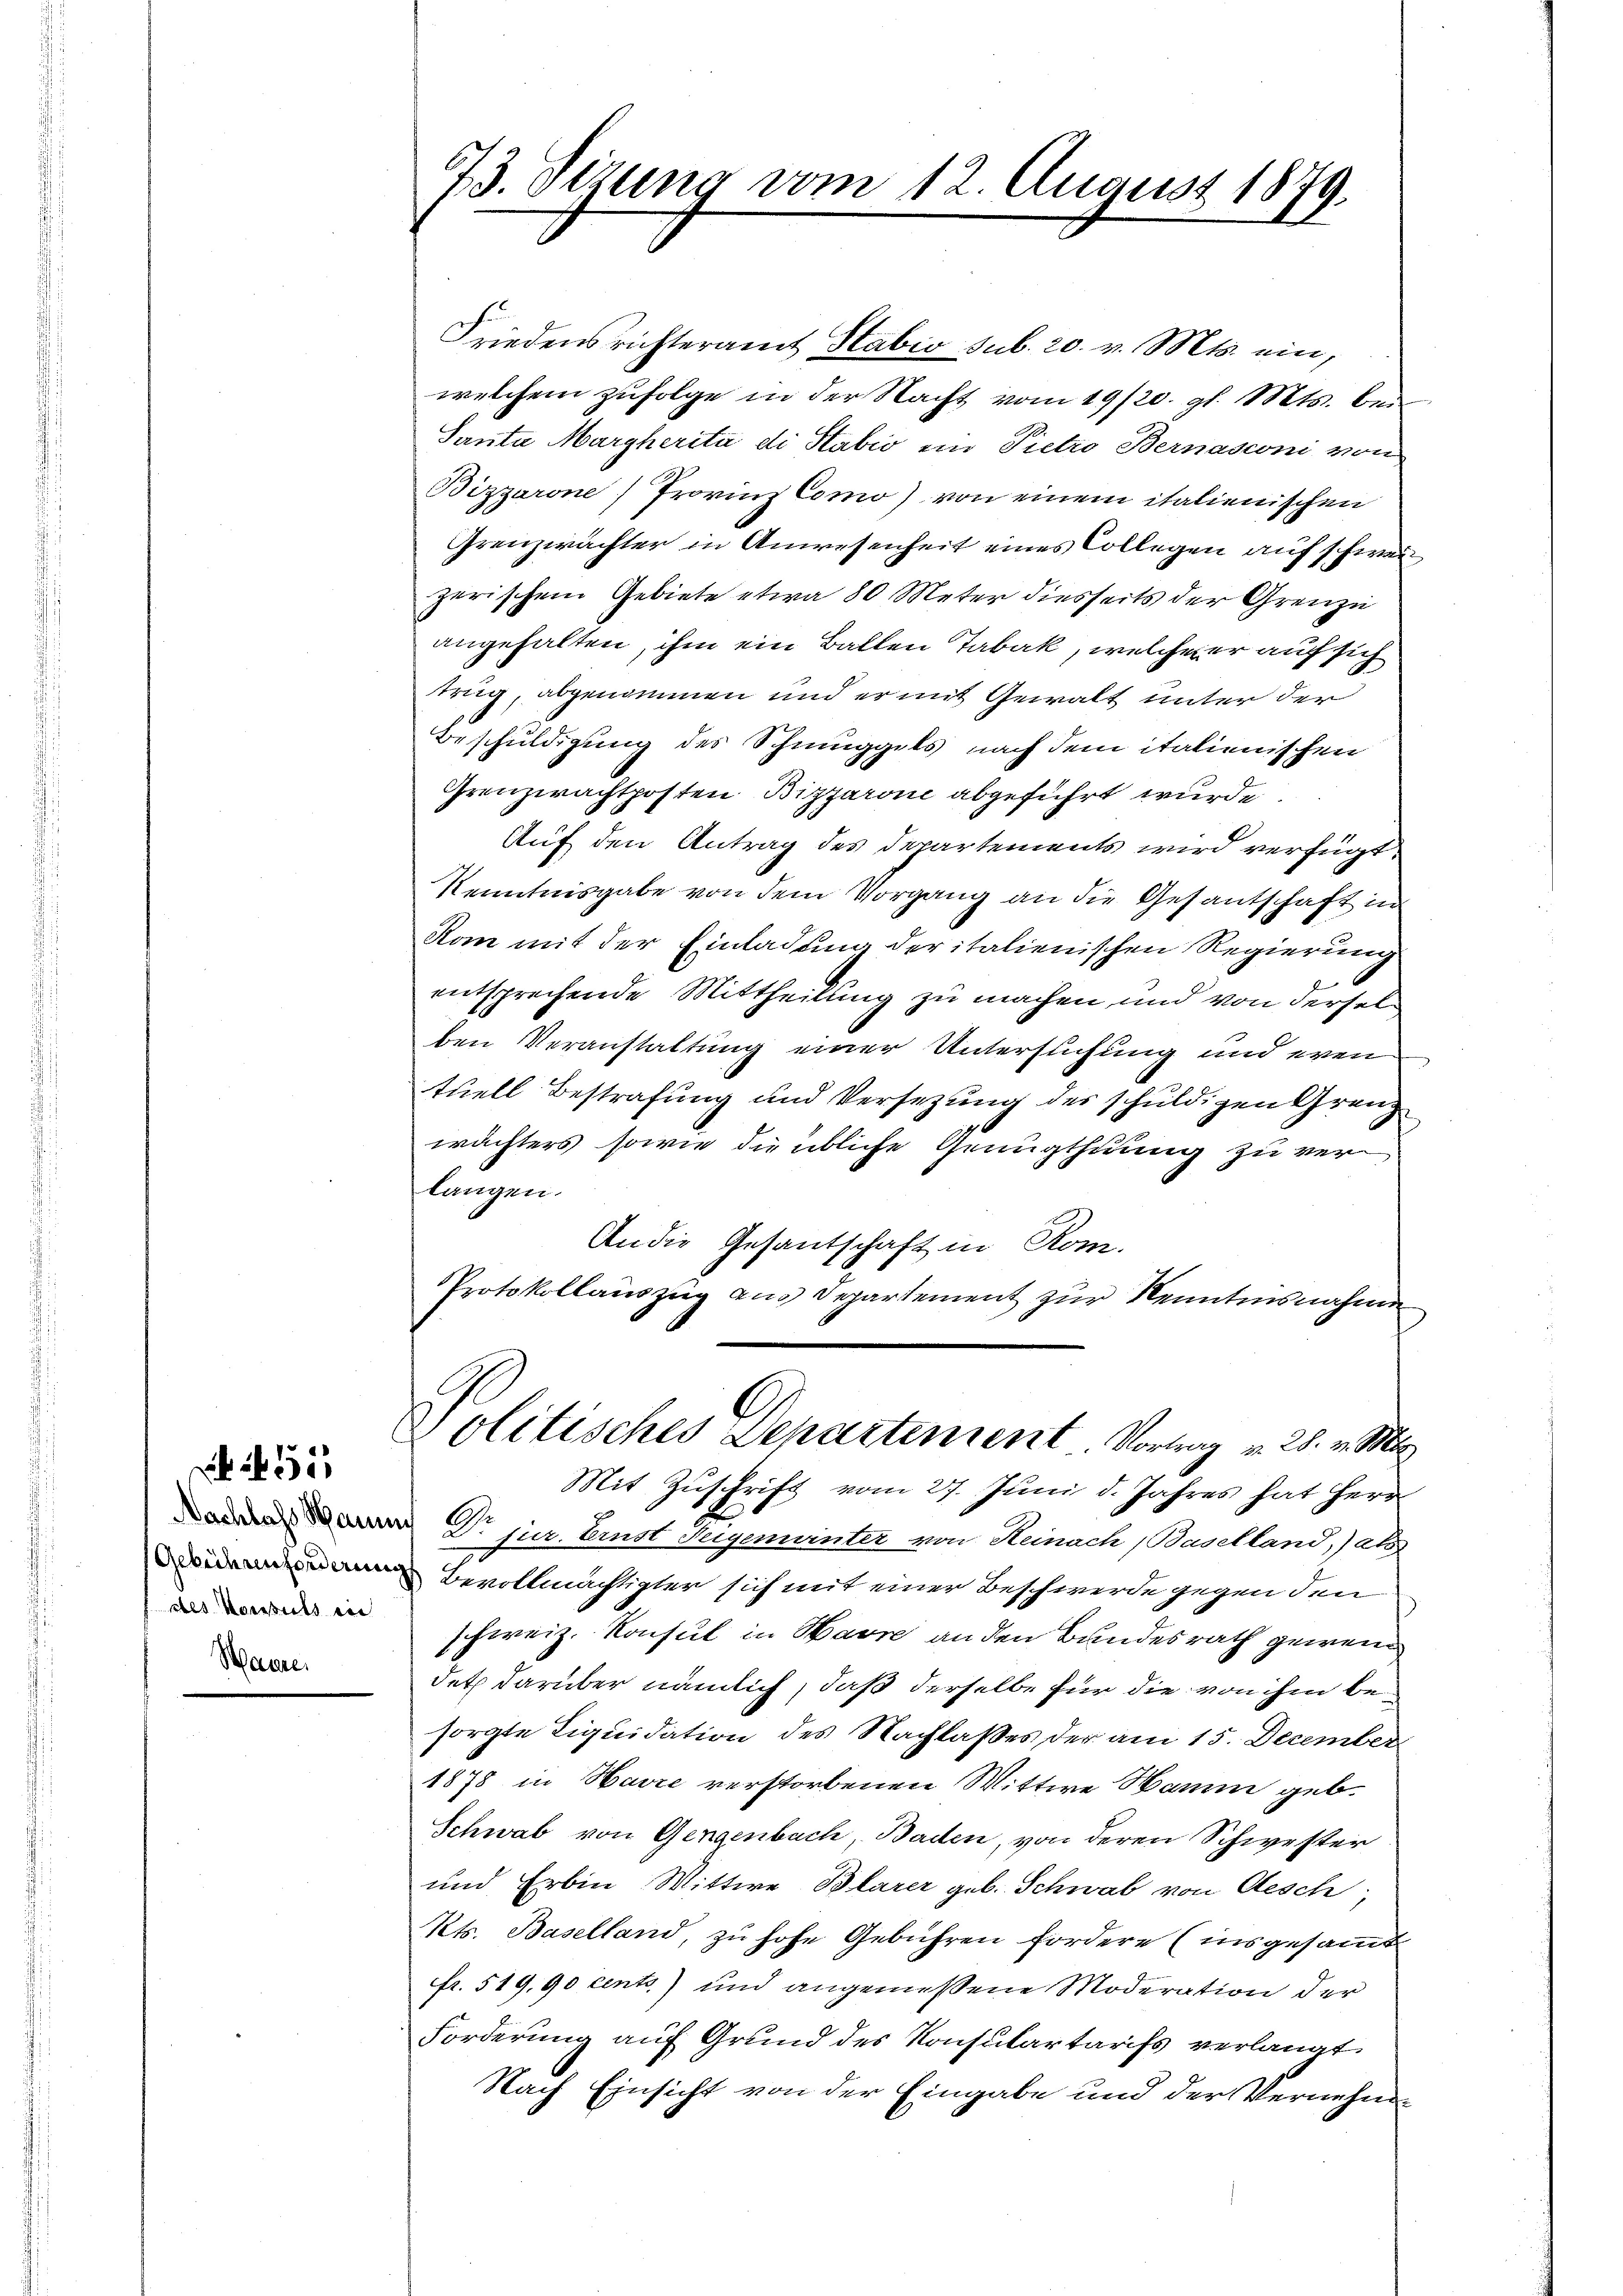
des Konsuls in

651

sch

73. Sizung vom 12. August 1879.

Friedensrichteramt Stabio sub. 20. v. Mts. ein,
welchem zufolge in der Nacht vom 19/20. gl. Mts. bei
Santa Margherità di Stabić ein Pietro Bernasconi von
Bizzarone) Provinz Como) von einem italienischen
Grenzwächter in Anwesenheit eines Collegen auf schweizerischem Gebiete etwa 80 Meter diesseits der Grenze
angehalten, ihm ein Ballen Tabak, welche er auf sich
trug, abgenommen und er mit Gewalt unter der
Beschuldigung des Schmuggels nach dem italienischen
Grenzwachtposten Bizzarone abgeführt wurde
Auf den Antrag des Departements wird verfügt:
Kenntnisgabe von dem Vorgang an die Gesantschaft in
Komm mit der Einladung der italienischen Regierung
entsprechende Mittheilung zu machen und von derselben Veranstaltung einer Untersuchung und even
tuell Bestrafung und Versezung des schuldigen Grenz
wächters sowie die übliche Genugthuung zu ver
langen.
An die Gesantschaft in Rom.
PProtokollauszug aus Departement zur Kenntnisnahme
Politisches Departement. Vortrag v. 28. v. Mt
Mit Zŭschrift vom 27. Juni d. Jahres hat Herr
e V. pr. bist Augemeinter von Steinach Baselland, sah
 Bevollmächtigter sich mit einer Beschwerde gegen den
schweiz. Konsul in Havre an den Bundesrath gewend
det darüber nämlich, daß derselbe für die von ihm besorgte Liquidation des Nachlaßes der am 15. December
1878 in Havre verstorbenen Wittwe Hamm geb.
Schwab von Gengenbach, Baden, von deren Schwester
und Erbin Wittwe Blarer geb. Schwab von Aesch
Kts. Baselland, zu hohe Gebühren fordere (insgesamt
fr. 519,90 cento) und angemessene Moderation der
Forderung auf Grund des Konsulartarifs verlangt.
Nach Einsicht von der Eingabe und der Vernehm¬